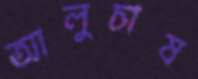
আলুচাষ